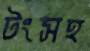
টংসহ